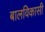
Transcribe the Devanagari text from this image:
बालविकासी